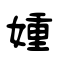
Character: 媑